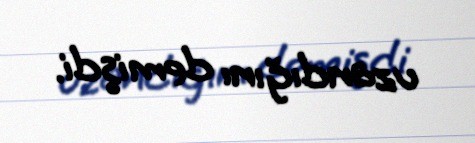
uzandığını demişdi.